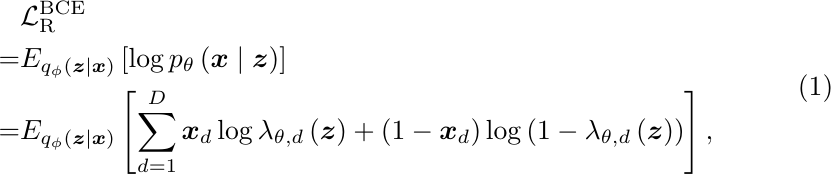
\begin{equation}
\begin{aligned}
    & \mathcal{L}_{\mathrm{R}}^{\mathrm{BCE}}  \\
    =&  E_{q_\phi\left(\boldsymbol{z} \mid \boldsymbol{x}\right)}\left[\log p_\theta\left(\boldsymbol{x} \mid \boldsymbol{z}\right)\right]\\
    =& E_{q_\phi\left(\boldsymbol{z} \mid \boldsymbol{x}\right)}\left[\sum_{d=1}^D \boldsymbol{x}_{d} \log \lambda_{\theta, d}\left(\boldsymbol{z}\right)+\left(1-\boldsymbol{x}_{d}\right) \log \left(1-\lambda_{\theta, d}\left(\boldsymbol{z}\right)\right)\right],
\end{aligned}
\end{equation}